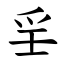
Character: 㸒